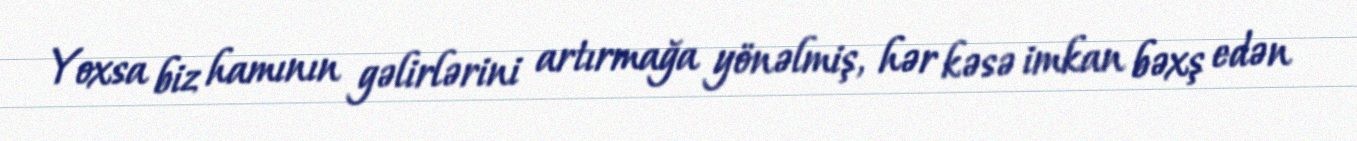
Yoxsa biz hamının gəlirlərini artırmağa yönəlmiş, hər kəsə imkan bəxş edən